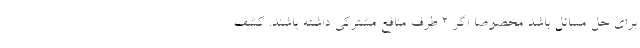
برای حل مسائل باشد مخصوصا اگر ۲ طرف منافع مشترکی داشته باشند. کشف